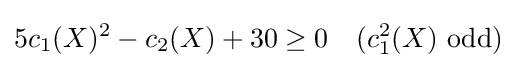
5c_{1}(X)^{2}-c_{2}(X)+30\geq 0\quad (c_{1}^{2}(X){\text{ odd}})